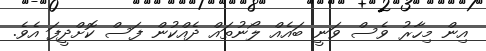
އިން މިހާރު ވެސް ވަނީ ބައެއް ލޯނުތައް ދެއްކުން ފަސް ކޮށްދީފަ އެވެ.